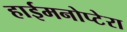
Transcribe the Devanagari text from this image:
हाईमनोप्टेरा